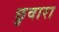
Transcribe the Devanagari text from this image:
छुवारा